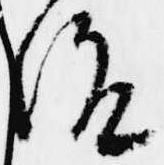
治